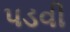
પડવી